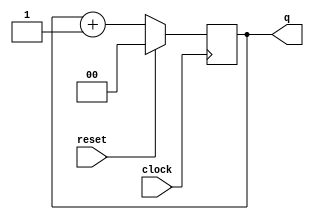
module counter7Seg #(parameter SIZE=2) (q, clock, reset);
    input clock, reset;

    output[SIZE-1:0] q;
    reg [SIZE-1:0] q;

    initial begin
    	q <= 0;
    end

    always @(posedge clock) begin
    	if(~reset) begin
    		q <= q + 1;
    	end else begin
    		q <= 0;
    	end
    end
   
endmodule